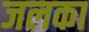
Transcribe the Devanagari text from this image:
जलका